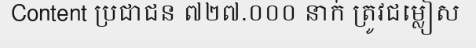
Content ប្រជាជន ៧២៧.០០០ នាក់ ត្រូវជម្លៀស